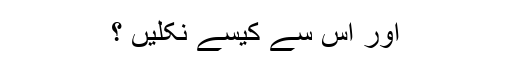
اور اس سے کیسے نکلیں ؟